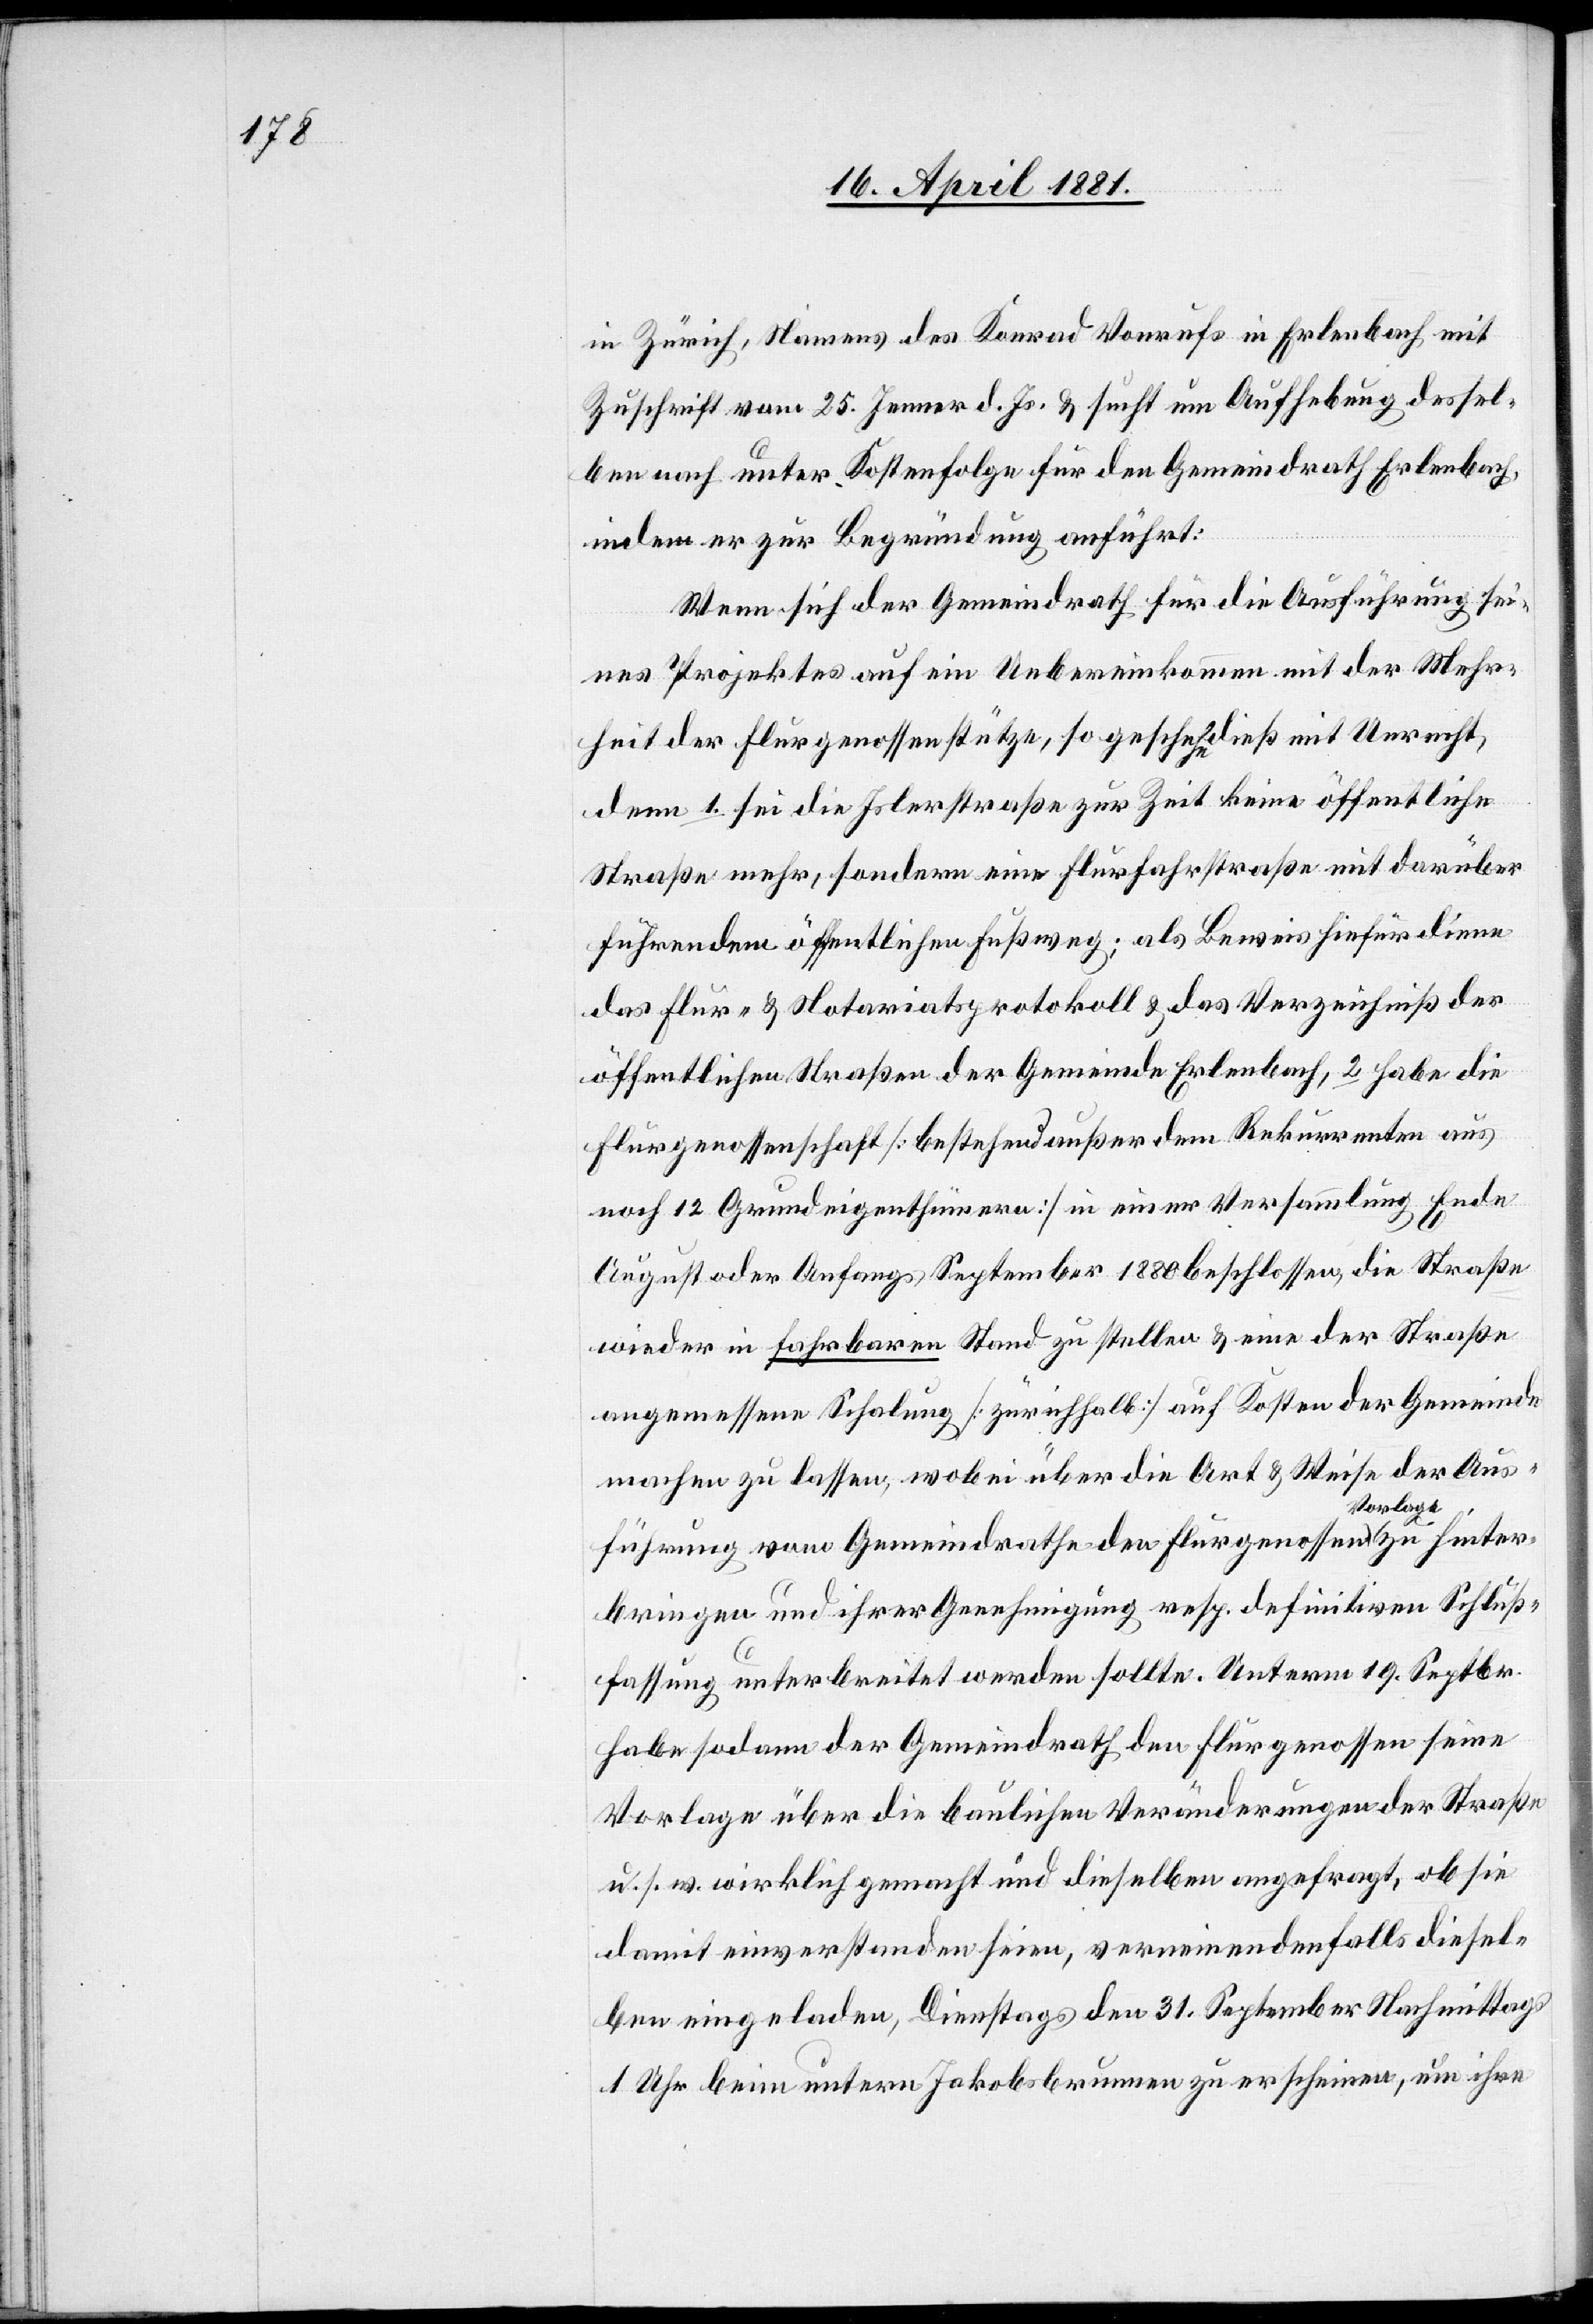
in Zürich, Namens des Konrad Vonrufs in Erlenbach mit
Zuschrift vom 25. Jenner d. Js. & sucht um Aufhebung dessel¬
ben nach unter Kostenfolge für den Gemeindrath Erlenbach,
indem er zur Begründung anführt:
Wenn sich der Gemeindrath für die Ausführung sei¬
nes Projektes auf ein Uebereinkommen mit der Mehr¬
heit der Flurgenossen stütze, so geschehe dieß mit Unrecht,
denn 1. sei die Islerstraße zur Zeit keine öffentliche
Straße mehr, sondern eine Flurstraße mit darüber¬
führendem öffentlichen Fußweg; als Beweis hiefür diene
das Flur- & Notariatsprotokoll & das Verzeichniß der
öffentlichen Straßen der Gemeinde Erlenbach, 2. habe die
Flurgenossenschaft [bestehend außer dem Rekurrenten aus
noch 12 Grundeigenthümern] in einer Versammlung Ende
August oder Anfangs September 1880 beschlossen, die Straße
wieder in fahrbaren Stand zu stellen & eine der Straße
angemessene Schalung [zürichhalb] auf Kosten der Gemeinde
machen zu lassen, wobei über die Art & Weise der Aus¬
führung vom Gemeindrath den Flurgenossen Vorlage zu hinter¬
bringen und ihrer Genehmigung resp. definitiven Schluß¬
fassung unterbreitet werden sollte. Unterm 19. September
habe sodann der Gemeindrath den Flurgenossen seine
Vorlage über die baulichen Veränderungen der Straße
u. s. w. wirklich gemacht und dieselben angefragt, ob sie
damit einverstanden seien, verneinendenfalls diesel¬
ben eingeladen, Dienstags den 31. September Nachmittags
1 Uhr beim untern Jakobsbrunnen zu erscheinen, um ihre